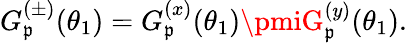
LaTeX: G_{\mathfrak{p}}^{(\pm)}(\theta_{1})=G_{\mathfrak{p}}^{(x)}(\theta_{1})\pmiG_{\mathfrak{p}}^{(y)}(\theta_{1}).